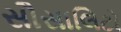
સૌસાલિટો